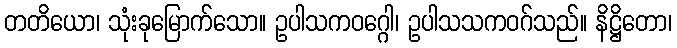
တတိယော၊ သုံးခုမြောက်သော။ ဥပါသကဝဂ္ဂေါ၊ ဥပါသသကဝဂ်သည်။ နိဋ္ဌိတော၊